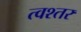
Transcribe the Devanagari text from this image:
त्वश्तर